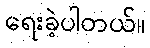
ရေးခဲ့ပါတယ်။